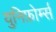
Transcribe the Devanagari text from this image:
युनिफ़ोर्म्स